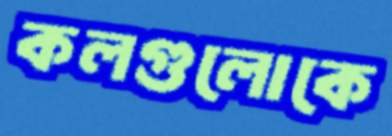
কলগুলোকে